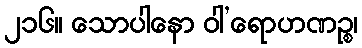
၂၁၆။ သောပါနော ဝါ’ရောဟဏဉ္စ၊